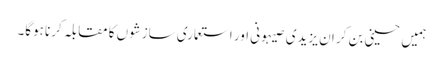
ہمیں حسینی بن کر ان یزیدی صیہونی اور استعماری سازشوں کا مقابلہ کرنا ہوگا۔